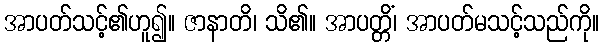
အာပတ်သင့်၏ဟူ၍။ ဇာနာတိ၊ သိ၏။ အာပတ္တိံ၊ အာပတ်မသင့်သည်ကို။